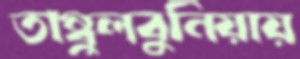
তাম্বুলবুনিয়ায়